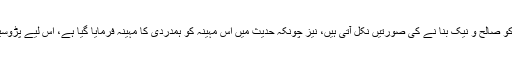
اگر انسان خود ان باتوں پر عمل کرے تو خود بخود اولاد کو صالح و نیک بنا نے کی صورتیں نکل آتی ہیں، نیز چونکہ حدیث میں اس مہینہ کو ہمدردی کا مہینہ فرمایا گیا ہے، اس لیے پڑوسیوں کے ساتھ اچھے تعلقات اور محبت قائم کر نی چاہیے۔